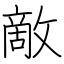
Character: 敵